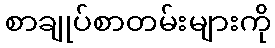
စာချုပ်စာတမ်းများကို